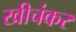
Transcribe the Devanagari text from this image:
खीचंकर